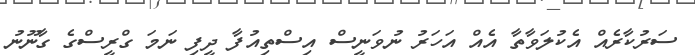
ސަރުކާރެއް އެކުލަވާތާ އެއް އަހަރު ނުވަނީސް އިސްތިއުފާ ދީފި ނަމަ ގްރީސްގެ ގާނޫނު